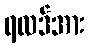
ရလဒ်အား